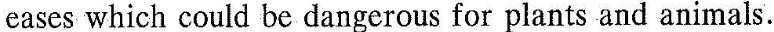
eases which could bedangerous for plants and animals